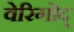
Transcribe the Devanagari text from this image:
वेरिगोद्